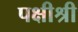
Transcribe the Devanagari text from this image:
पक्षीश्री